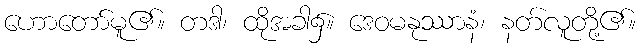
ဟောတော်မူ၏။ တဒါ၊ ထိုအခါ၌။ ဒေဝမနုဿာနံ၊ နတ်လူတို့၏။